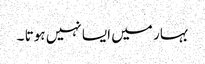
بہار میں ایسا نہیں ہوتا ۔